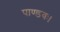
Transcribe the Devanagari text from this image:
पाण्डवः।